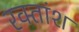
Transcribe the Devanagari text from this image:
रक्‍तांश